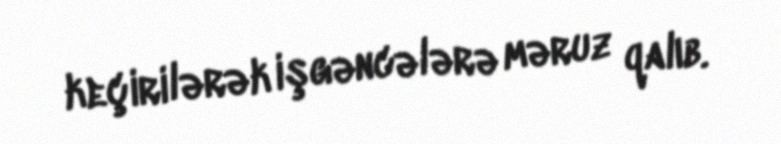
keçirilərək işgəncələrə məruz qalıb.